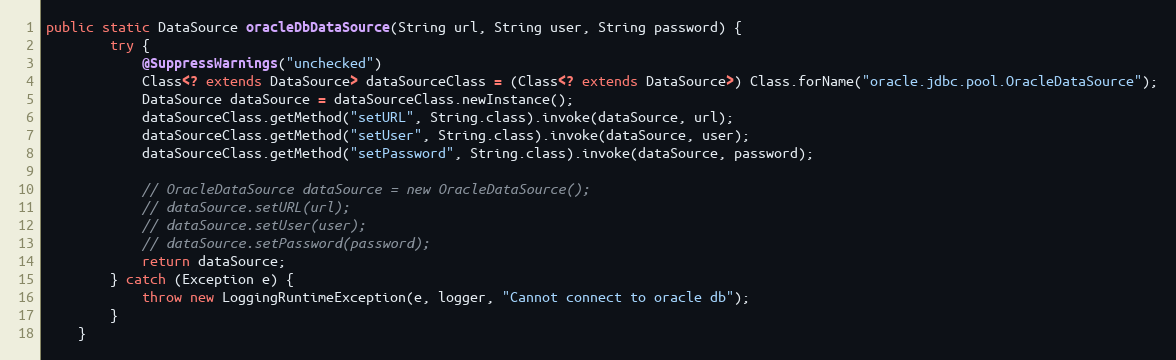
Language: Java
public static DataSource oracleDbDataSource(String url, String user, String password) {
		try {
			@SuppressWarnings("unchecked")
			Class<? extends DataSource> dataSourceClass = (Class<? extends DataSource>) Class.forName("oracle.jdbc.pool.OracleDataSource");
			DataSource dataSource = dataSourceClass.newInstance();
			dataSourceClass.getMethod("setURL", String.class).invoke(dataSource, url);
			dataSourceClass.getMethod("setUser", String.class).invoke(dataSource, user);
			dataSourceClass.getMethod("setPassword", String.class).invoke(dataSource, password);

			// OracleDataSource dataSource = new OracleDataSource();
			// dataSource.setURL(url);
			// dataSource.setUser(user);
			// dataSource.setPassword(password);
			return dataSource;
		} catch (Exception e) {
			throw new LoggingRuntimeException(e, logger, "Cannot connect to oracle db");
		}
	}